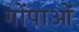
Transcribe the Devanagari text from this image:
गोंपाओं